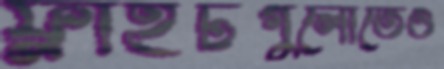
ফ্লাইটগুলোতেও